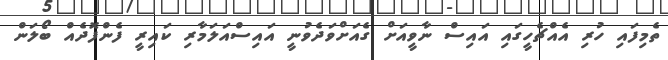
ތެމިފައި ހުރި އެއްޗެހީގައި އައިސް ނާވީއަށް ގެއަށްވަދެވުނީ އައިސްއަލަމާރި ކައިރީ ފެންފޮދެއް ބޯލަން